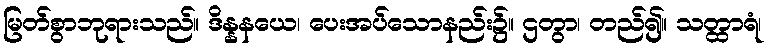
မြတ်စွာဘုရားသည်။ ဒိန္နနယေ၊ ပေးအပ်သောနည်း၌။ ဌတွာ၊ တည်၍။ သတ္ထာရံ၊